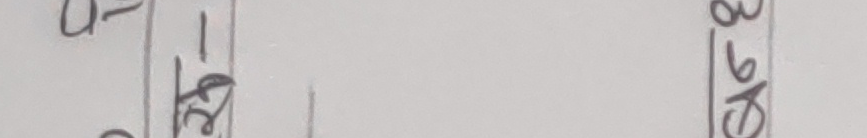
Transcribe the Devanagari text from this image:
३६-१
९-२७०